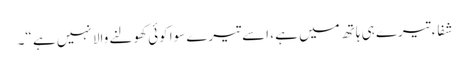
شفاء تیرے ہی ہاتھ میں ہے ، اسے تیرے سوا کوئی کھولنے والا نہیں ہے “۔